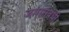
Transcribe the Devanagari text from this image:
जगासंबंधी